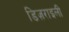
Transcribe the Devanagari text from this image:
डिज़राइली